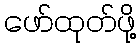
ဖော်ထုတ်ဖို့